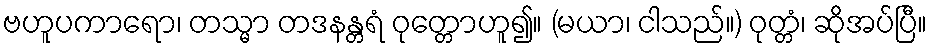
ဗဟူပကာရော၊ တသ္မာ တဒနန္တရံ ဝုတ္တောဟူ၍။ (မယာ၊ ငါသည်။) ဝုတ္တံ၊ ဆိုအပ်ပြီ။